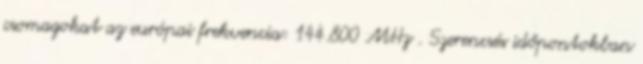
csomagokat az európai frekvencia: 144.800 MHz . Szerencsés időpontokban